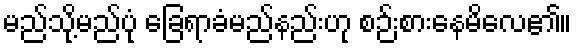
မည်သို့မည်ပုံ ခြေရာခံမည်နည်းဟု စဉ်းစားနေမိလေ၏။